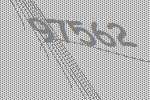
97562